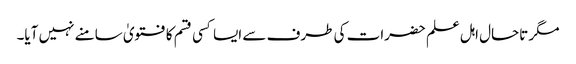
مگر تاحال اہل علم حضرات کی طرف سے ایسا کسی قسم کا فتویٰ سامنے نہیں آیا۔